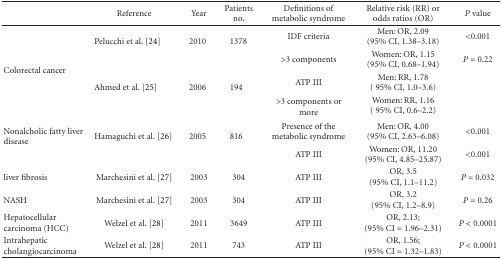
|  | Reference | Year | Patients no. | Definitions of metabolic syndrome | Relative risk (RR) or odds ratios (OR) | P value |
 | --- | --- | --- | --- | --- | --- | --- |
 | <ROWSPAN=4> Colorectal cancer | <ROWSPAN=2> Pelucchi et al. [24] | <ROWSPAN=2> 2010 | <ROWSPAN=2> 1378 | IDF criteria | Men: OR, 2.09 (95% CI, 1.38–3.18) | <0.001 |
 | >3 components | Women: OR, 1.15 (95% CI, 0.68–1.94) | P = 0.22 |
 | <ROWSPAN=2> Ahmed et al. [25] | <ROWSPAN=2> 2006 | <ROWSPAN=2> 194 | ATP III | Men: RR, 1.78 ( 95% CI, 1.0–3.6) |  |
 | >3 components or more | Women: RR, 1.16 ( 95% CI, 0.6–2.2) |  |
 | <ROWSPAN=2> Nonalcholic fatty liver disease | <ROWSPAN=2> Hamaguchi et al. [26] | <ROWSPAN=2> 2005 | <ROWSPAN=2> 816 | Presence of the metabolic syndrome | Men: OR, 4.00 (95% CI, 2.63–6.08) | <0.001 |
 | ATP III | Women: OR, 11.20 (95% CI, 4.85–25.87) | <0.001 |
 | liver fibrosis | Marchesini et al. [27] | 2003 | 304 | ATP III | OR, 3.5 (95% CI, 1.1–11.2) | P = 0.032 |
 | NASH | Marchesini et al. [27] | 2003 | 304 | ATP III | OR, 3.2 (95% CI, 1.2–8.9) | P = 0.26 |
 | Hepatocellular carcinoma (HCC) | Welzel et al. [28] | 2011 | 3649 | ATP III | OR, 2.13; (95% CI = 1.96–2.31) | P < 0.0001 |
 | Intrahepatic cholangiocarcinoma | Welzel et al. [28] | 2011 | 743 | ATP III | OR, 1.56; (95% CI = 1.32–1.83) | P < 0.0001 |